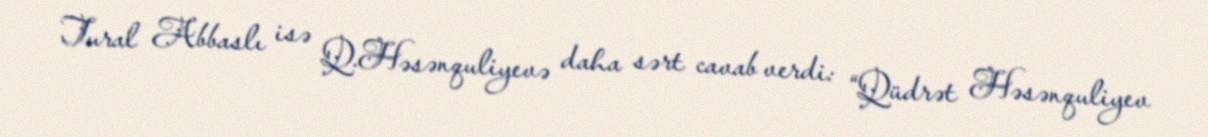
Tural Abbaslı isə Q.Həsənquliyevə daha sərt cavab verdi: “Qüdrət Həsənquliyev